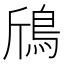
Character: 𱈞